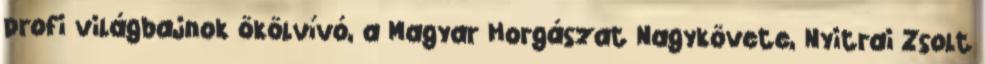
profi világbajnok ökölvívó, a Magyar Horgászat Nagykövete, Nyitrai Zsolt